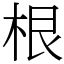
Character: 根